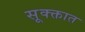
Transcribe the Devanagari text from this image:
सूक्क्तात